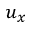
u _ { x }